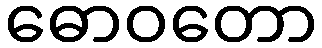
ဓောဝတော